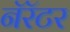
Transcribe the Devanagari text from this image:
नॅरॅटर